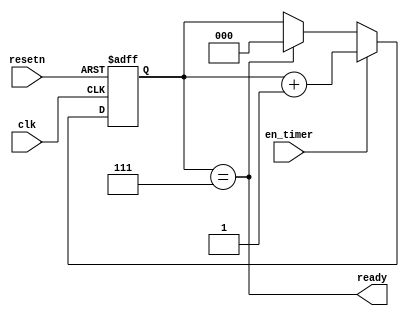
`timescale 1ns/1ps
module timer
(
  //inputs
   clk
  ,resetn
  ,en_timer
  //output
  ,ready
 );
  input clk;
  input resetn;
  input en_timer;
  output ready;
  //8 seconds
  reg [2:0] cnt;
  always@(posedge clk or negedge resetn)
  begin
	if(!resetn)
	cnt <= 3'd0;
	else if(en_timer)
	   cnt<= cnt + 1'b1;
	else if(cnt==3'd7)
	   cnt<= 1'b0;
  end
  
  assign ready = (cnt==3'd7);
 endmodule